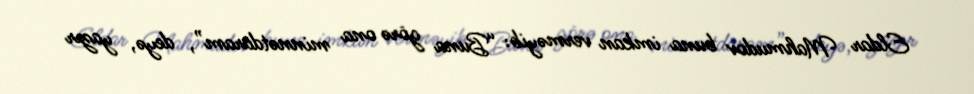
Eldar Mahmudov buna imkan verməyib: “Buna görə ona minnətdaram”, deyə, yazır